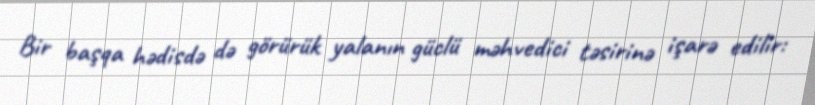
Bir başqa hədisdə də görürük yalanın güclü məhvedici təsirinə işarə edilir: